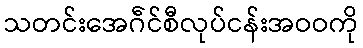
သတင်းအေဂဵင်စီလုပ်ငန်းအဝဝကို